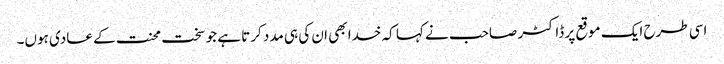
اسی طرح ایک موقع پر ڈاکٹر صاحب نے کہا کہ خدا بھی ان کی ہی مدد کرتا ہے جو سخت محنت کے عادی ہوں۔